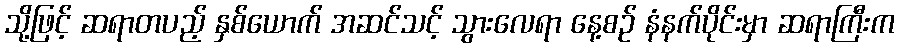
သို့ဖြင့် ဆရာတပည့် နှစ်ယောက် အဆင်သင့် သွားလေရာ နေ့စဉ် နံနက်ပိုင်းမှာ ဆရာကြီးက